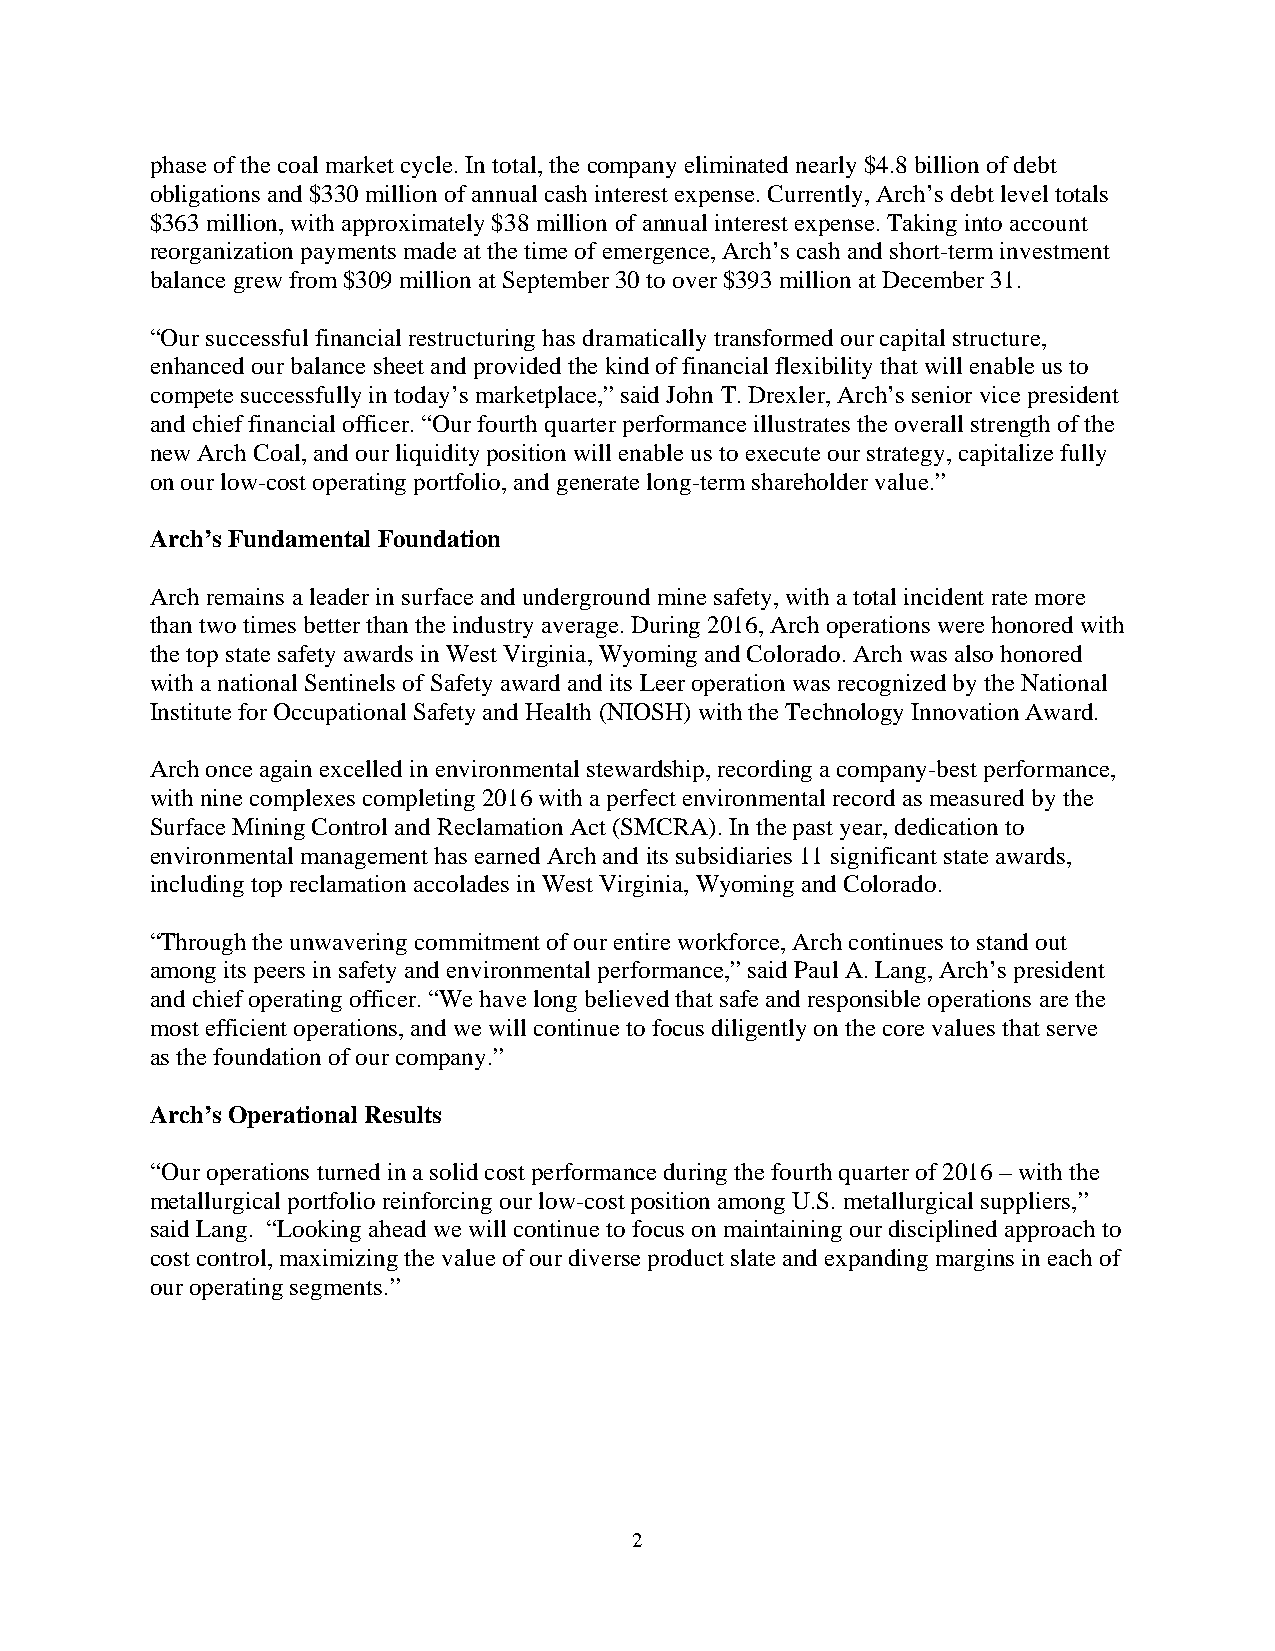
phase of the coal market cycle. In total, the company eliminated nearly $4.8 billion of debt
 obligations and $330 million of annual cash interest expense. Currently, Arch’s debt level totals
 $363 million, with approximately $38 million of annual interest expense. Taking into account
 reorganization payments made at the time of emergence, Arch’s cash and short-term investment
 balance grew from $309 million at September 30 to over $393 million at December 31.
 “Our successful financial restructuring has dramatically transformed our capital structure,
 enhanced our balance sheet and provided the kind of financial flexibility that will enable us to
 compete successfully in today’s marketplace,” said John T. Drexler, Arch’s senior vice president
 and chief financial officer. “Our fourth quarter performance illustrates the overall strength of the
 new Arch Coal, and our liquidity position will enable us to execute our strategy, capitalize fully
 on our low-cost operating portfolio, and generate long-term shareholder value.”
 Arch’s Fundamental Foundation
 Arch remains a leader in surface and underground mine safety, with a total incident rate more
 than two times better than the industry average. During 2016, Arch operations were honored with
 the top state safety awards in West Virginia, Wyoming and Colorado. Arch was also honored
 with a national Sentinels of Safety award and its Leer operation was recognized by the National
 Institute for Occupational Safety and Health (NIOSH) with the Technology Innovation Award.
 Arch once again excelled in environmental stewardship, recording a company-best performance,
 with nine complexes completing 2016 with a perfect environmental record as measured by the
 Surface Mining Control and Reclamation Act (SMCRA). In the past year, dedication to
 environmental management has earned Arch and its subsidiaries 11 significant state awards,
 including top reclamation accolades in West Virginia, Wyoming and Colorado.
 “Through the unwavering commitment of our entire workforce, Arch continues to stand out
 among its peers in safety and environmental performance,” said Paul A. Lang, Arch’s president
 and chief operating officer. “We have long believed that safe and responsible operations are the
 most efficient operations, and we will continue to focus diligently on the core values that serve
 as the foundation of our company.”
 Arch’s Operational Results
 “Our operations turned in a solid cost performance during the fourth quarter of 2016 – with the
 metallurgical portfolio reinforcing our low-cost position among U.S. metallurgical suppliers,”
 said Lang. “Looking ahead we will continue to focus on maintaining our disciplined approach to
 cost control, maximizing the value of our diverse product slate and expanding margins in each of
 our operating segments.”
 2